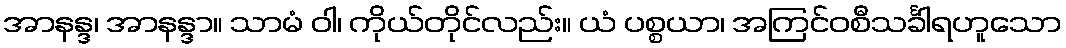
အာနန္ဒ၊ အာနန္ဒာ။ သာမံ ဝါ၊ ကိုယ်တိုင်လည်း။ ယံ ပစ္စယာ၊ အကြင်ဝစီသင်္ခါရဟူသော